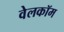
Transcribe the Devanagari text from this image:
वेलकॉम